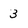
Character: 3